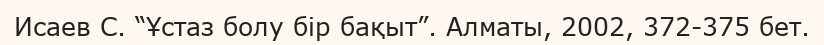
Исаев С. “Ұстаз болу бір бақыт”. Алматы, 2002, 372-375 бет.